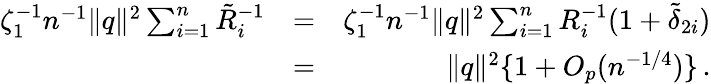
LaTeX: \begin{array}{rlr}{\zeta_{1}^{-1}n^{-1}\| {q}\| ^{2}\sum_{i=1}^{n}\tilde{R}_{i}^{-1}}&{=}&{\zeta_{1}^{-1}n^{-1}\| {q}\| ^{2}\sum_{i=1}^{n}R_{i}^{-1}(1+\tilde{\delta}_{2i})}\\ &{=}&{\| {q}\| ^{2}\{ 1+O_{p}(n^{-1/4})\} \, .}\end{array}